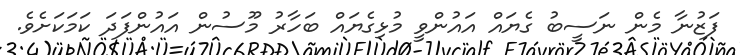
ފަޒުނާ މެން ނަސީބު ގެޔައް އައުންވީ މުޅިގެޔައް ބަހާރު މޫސުން އައުންފަދަ ކަމަކަށެވެ.